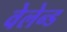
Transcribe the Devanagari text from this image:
वेलेन्ड